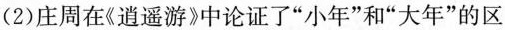
(2)庄周在《逍遥游》中论证了”小年”和”大年”的区